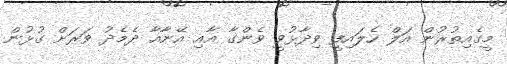
މީގެއިތުރުން އަލް ހެލައިފީ ވިދާޅުވީ ވެންގާ އާއި އޭނާއާ ދެމެދު ވަރަށް ގުޅުން